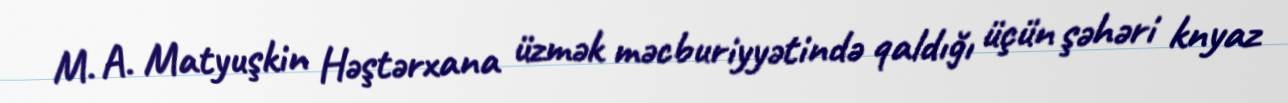
M. A. Matyuşkin Həştərxana üzmək məcburiyyətində qaldığı üçün şəhəri knyaz